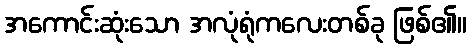
အကောင်းဆုံးသော အလုံရုံကလေးတစ်ခု ဖြစ်၏။